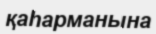
қаһарманына